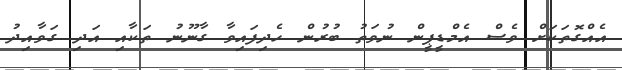
އެއްގޮތަކަށް ވެސް އެމްޑީޕީން ނުވަތު ބުރުން ހެދިފައިވާ ގާނޫނު ތަކާއި އަދި ގަވާއިދު